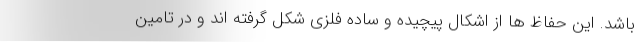
باشد. این حفاظ ها از اشکال پیچیده و ساده فلزی شکل گرفته اند و در تامین